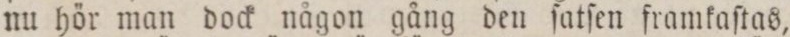
nu hör man dock någon gång den ſatſen framkaſtas,